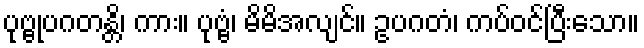
ပုဗ္ဗုပဂတန္တိ၊ ကား။ ပုဗ္ဗံ၊ မိမိအလျင်။ ဥပဂတံ၊ ကပ်ဝင်ပြီးသော။